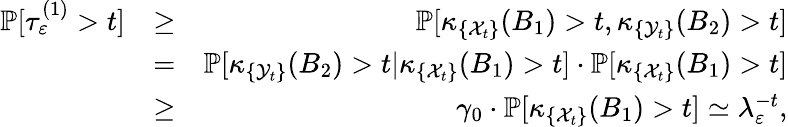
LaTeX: \begin{array}{rlr}{\mathbb{P}[\tau_{\varepsilon}^{(1)}>t]}&{\ge}&{\mathbb{P}[\kappa_{\{ {\mathcal X}_{t}\} }(B_{1})>t,\kappa_{\{ {\mathcal Y}_{t}\} }(B_{2})>t]}\\ &{=}&{\mathbb{P}[\kappa_{\{ {\mathcal Y}_{t}\} }(B_{2})>t|\kappa_{\{ {\mathcal X}_{t}\} }(B_{1})>t]\cdot\mathbb{P}[\kappa_{\{ {\mathcal X}_{t}\} }(B_{1})>t]}\\ &{\ge}&{\gamma_{0}\cdot\mathbb{P}[\kappa_{\{ {\mathcal X}_{t}\} }(B_{1})>t]\simeq\lambda_{\varepsilon}^{-t},}\end{array}